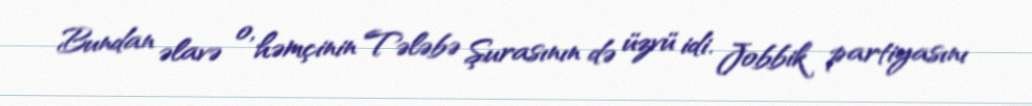
Bundan əlavə o, həmçinin Tələbə Şurasının də üzvü idi. Jobbik partiyasını